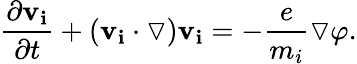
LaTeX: \frac{\partial\mathbf{v_{i}}}{\partial t}+(\mathbf{v_{i}}\cdot\triangledown)\mathbf{v_{i}}=-\frac{e}{m_{i}}\triangledown\varphi.